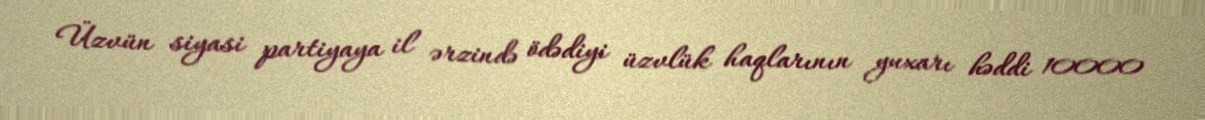
Üzvün siyasi partiyaya il ərzində ödədiyi üzvlük haqlarının yuxarı həddi 10000